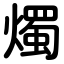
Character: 燭